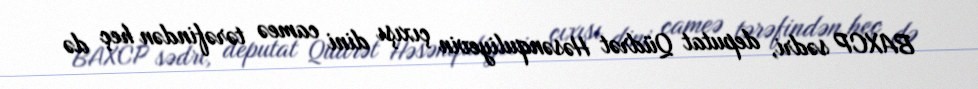
BAXCP sədri, deputat Qüdrət Həsənquliyevin çıxışı dini cameə tərəfindən heç də